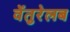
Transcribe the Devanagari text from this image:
वेंतुरेलब